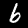
Label: 6